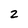
Character: 2